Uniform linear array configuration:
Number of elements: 48
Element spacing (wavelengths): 1
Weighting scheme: uniform
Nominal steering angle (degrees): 15
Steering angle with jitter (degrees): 14.993
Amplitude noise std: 0.05
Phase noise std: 0.05

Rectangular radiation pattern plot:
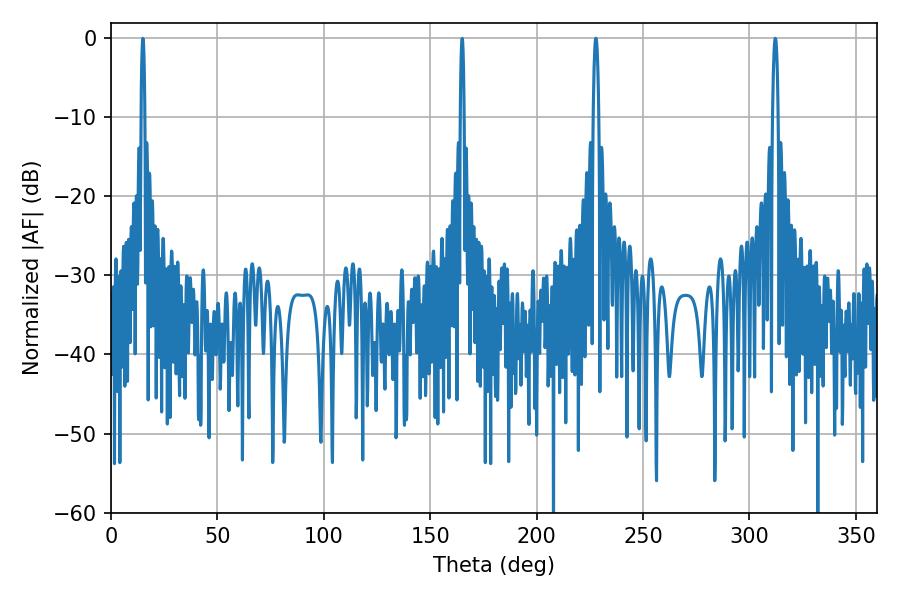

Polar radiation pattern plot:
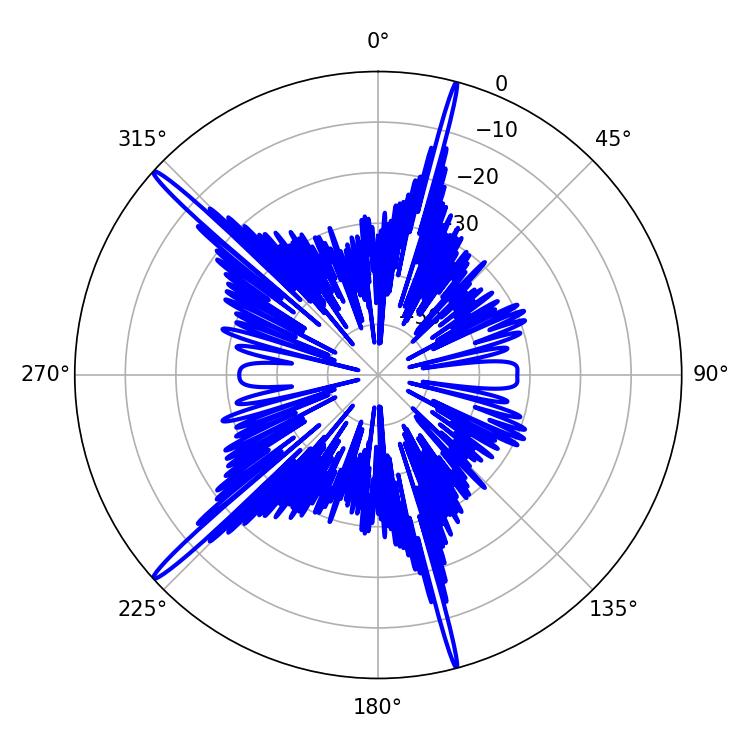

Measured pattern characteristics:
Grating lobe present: TRUE
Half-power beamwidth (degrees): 1.44
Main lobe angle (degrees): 312.12